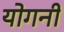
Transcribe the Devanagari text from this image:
योगनी